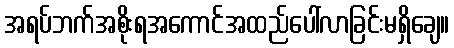
အရပ်ဘက်အစိုးရအကောင်အထည်ပေါ်လာခြင်းမရှိချေ။